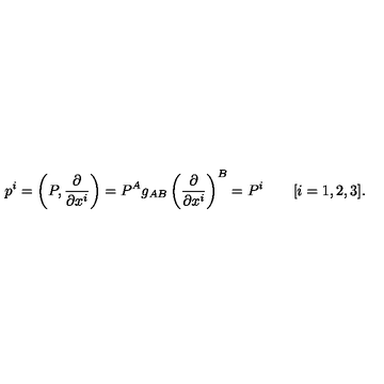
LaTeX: p ^ { i } = \left( P , { \frac { \partial } { \partial x ^ { i } } } \right) = P ^ { A } g _ { A B } \left( { \frac { \partial } { \partial x ^ { i } } } \right) ^ { B } = P ^ { i } \qquad [ i = 1 , 2 , 3 ] .